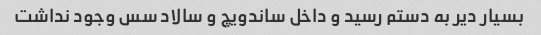
بسیار دیر به دستم رسید و داخل ساندویچ و سالاد سس وجود نداشت